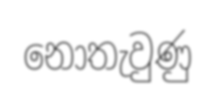
නොතැවුණු